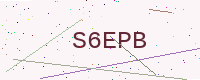
Text: S6EPB